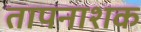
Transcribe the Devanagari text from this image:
तापनाशक